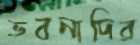
ভবনাদির